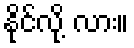
နိုင်လို့ လား။